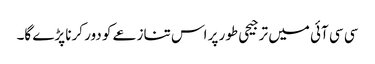
سی سی آئی میں ترجیحی طور پر اس تنازعے کو دور کرنا پڑے گا۔